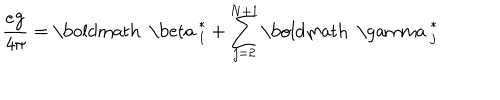
\frac { e { \bf g } } { 4 \pi } = { \mathrm { \boldmath ~ \ b e t a ~ } } _ { 1 } ^ { * } + \sum _ { j = 2 } ^ { N + 1 } { \mathrm { \boldmath ~ \ g a m m a ~ } } _ { j } ^ { * }